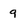
Character: q